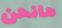
هانحن